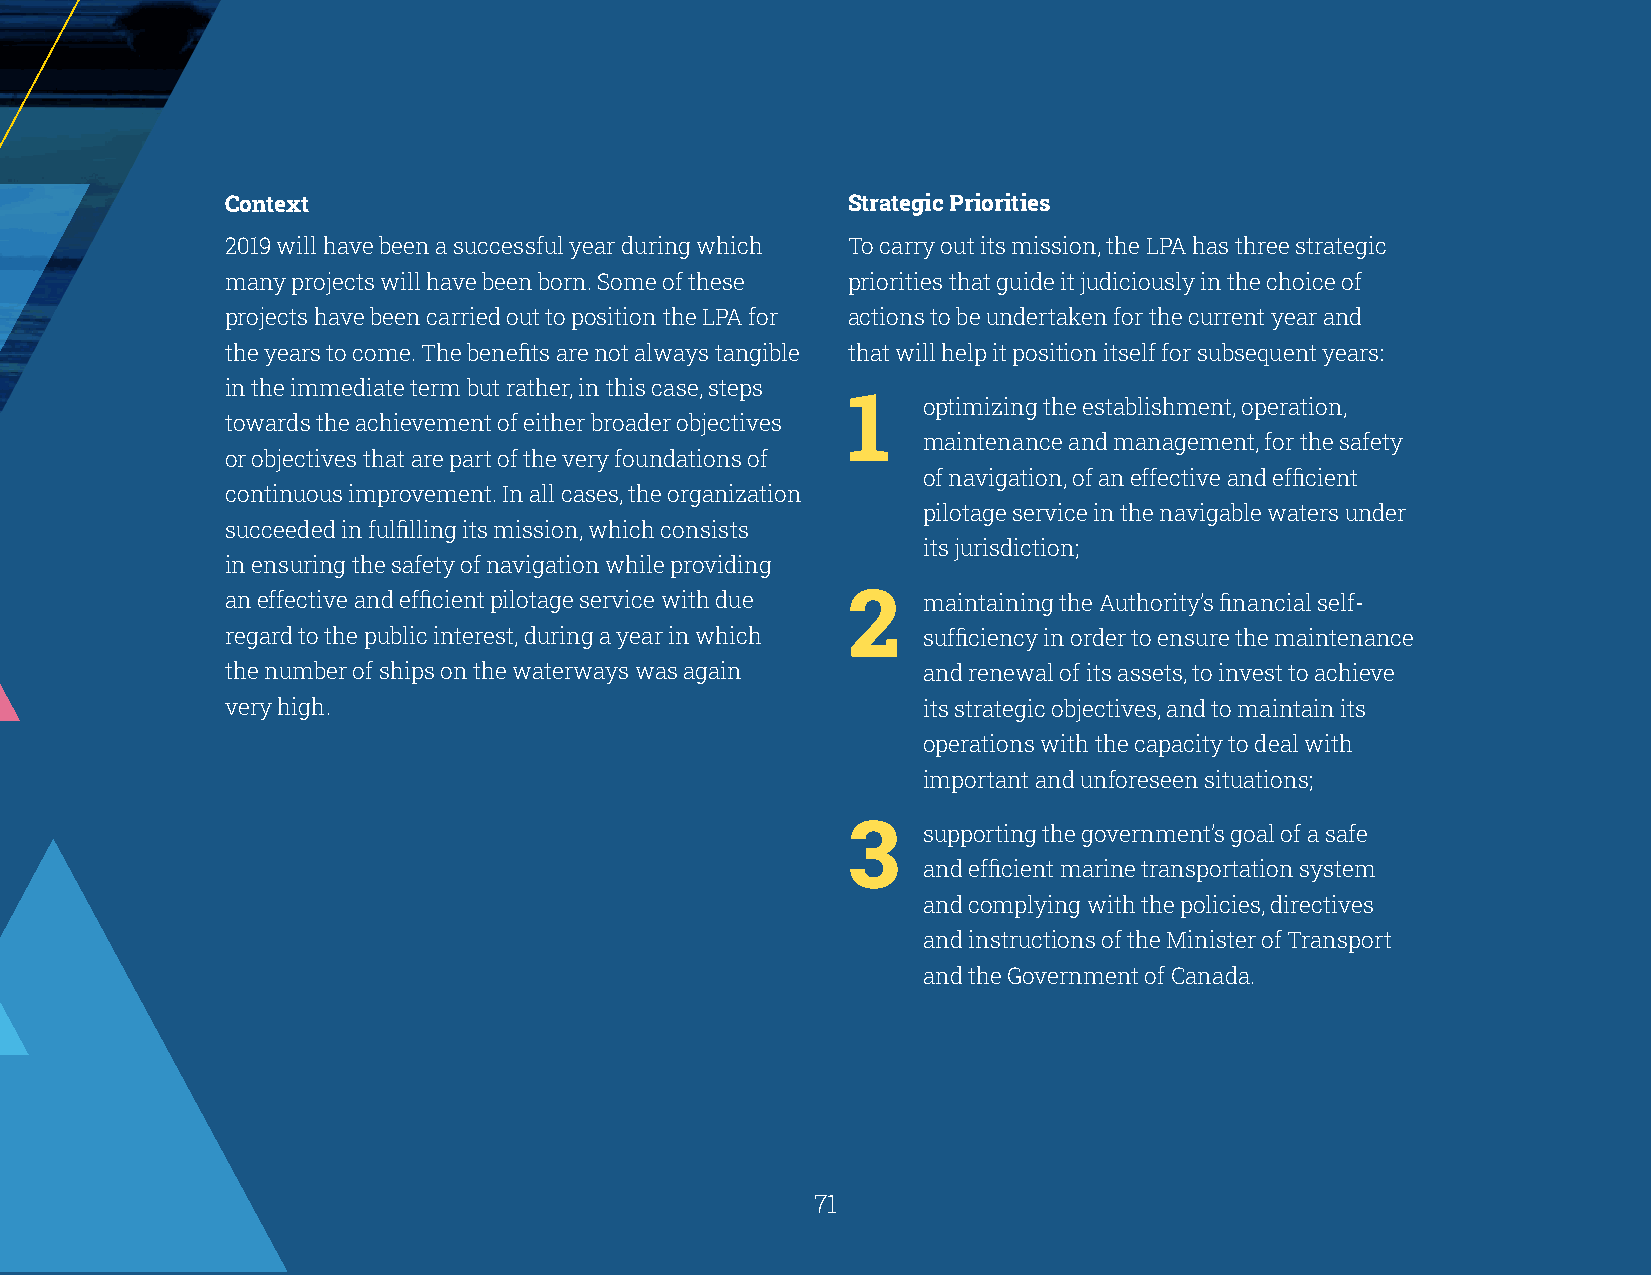
Context                                  Strategic Priorities
 2019 will have been a successful year during which To carry out its mission, the LPA has three strategic
 many projects will have been born. Some of these priorities that guide it judiciously in the choice of
 projects have been carried out to position the LPA for actions to be undertaken for the current year and
 the years to come. The benefits are not always tangible that will help it position itself for subsequent years:
 in the immediate term but rather, in this case, steps
 1    optimizing the establishment, operation,
 towards the achievement of either broader objectives
 maintenance and management, for the safety
 or objectives that are part of the very foundations of
 of navigation, of an effective and efficient
 continuous improvement. In all cases, the organization
 pilotage service in the navigable waters under
 succeeded in fulfilling its mission, which consists
 its jurisdiction;
 in ensuring the safety of navigation while providing
 an effective and efficient pilotage service with due 2 maintaining the Authority’s financial self-
 regard to the public interest, during a year in which sufficiency in order to ensure the maintenance
 the number of ships on the waterways was again and renewal of its assets, to invest to achieve
 very high.                                    its strategic objectives, and to maintain its
 operations with the capacity to deal with
 important and unforeseen situations;
 3    supporting the government’s goal of a safe
 and efficient marine transportation system
 and complying with the policies, directives
 and instructions of the Minister of Transport
 and the Government of Canada.
 70                                                    71